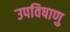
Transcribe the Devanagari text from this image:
उपविषाणु